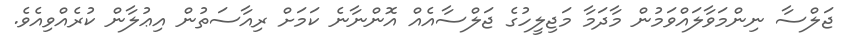
ޖަލްސާ ނިންމަވާލައްވަމުން މާދަމާ މަޖިލީހުގެ ޖަލްސާއެއް އޮންނާނެ ކަމަށް ރިއާސަތުން އިޢުލާން ކުރެއްވިއެވެ.